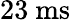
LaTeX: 23~\mathrm{ms}